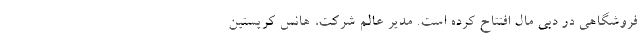
فروشگاهی در دبی مال افتتاح کرده است. مدیر عالم شرکت، هانس کریستین